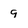
Character: q